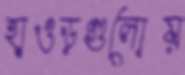
হাওড়গুলোয়